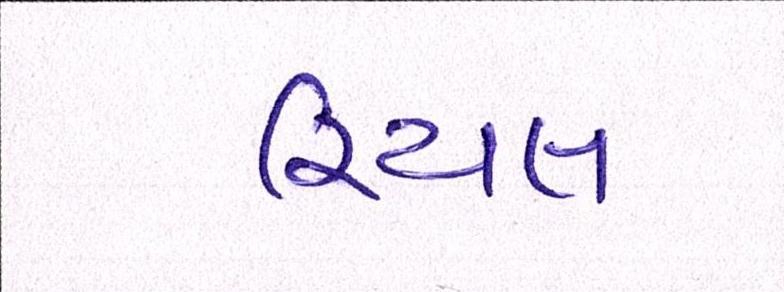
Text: રિયલ